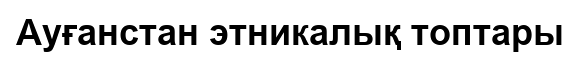
Ауғанстан этникалық топтары